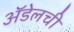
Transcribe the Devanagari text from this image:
अॅडेलची